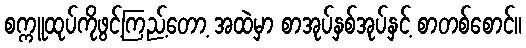
စက္ကူထုပ်ကိုဖွင့်ကြည့်တော့ အထဲမှာ စာအုပ်နှစ်အုပ်နှင့် စာတစ်စောင်။